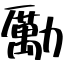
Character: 勵